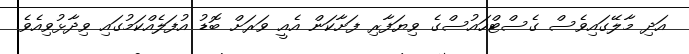
އަދި މާލޭގައިވެސް ގެސްޓްހައުސްގެ ވިޔަފާރި ފަށާކަން އެއީ ވަރަށް ބޮޑު އުފަލެއްކަމުގައި ވިދާޅުވިއެވެ.